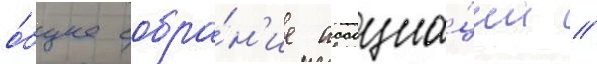
о́бщее собра́н'ие ассоциа́ции /